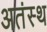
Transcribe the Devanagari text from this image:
अतंस्थ